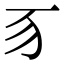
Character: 𬺻